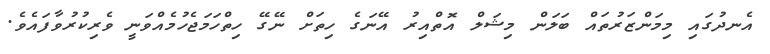
އެނދުގައި މިމަންޒަރުތައް ބަލަން މިޝަލް އޮތްއިރު އޭނަގެ ހިތަށް ނޭގޭ ހިތްހަމަޖެހުމެއްވަނީ ވެރިކުރުވާފައެވެ.